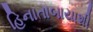
હિનાતાબાયાશી